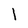
Character: I